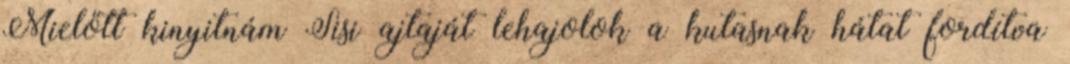
Mielőtt kinyitnám Sisi ajtaját lehajolok a kutasnak hátat fordítva